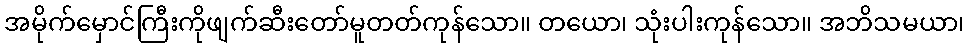
အမိုက်မှောင်ကြီးကိုဖျက်ဆီးတော်မူတတ်ကုန်သော။ တယော၊ သုံးပါးကုန်သော။ အဘိသမယာ၊